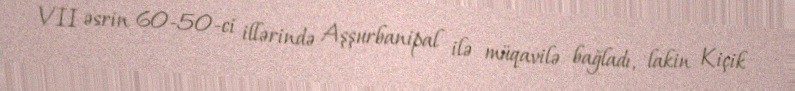
VII əsrin 60-50-ci illərində Aşşurbanipal ilə müqavilə bağladı, lakin Kiçik